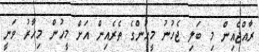
ރާއްޖެއިން މި ބަލި ޖެހުނު މީހުންގެ ތެރެއިން އަށް މީހުން މިހާރު ވަނީ